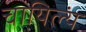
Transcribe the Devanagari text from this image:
चायिल्यं